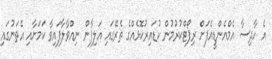
އެ ހާދިސާ އެމްއެންޑީއެފަށް ރިޕޯޓްކުރުމުން ކުޑައިރުކޮޅެއްގެ ތެރޭގައި އަލިފާން ނިއްވާލާފައިވާ ކަމަށާއި އެތަނުގައި